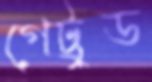
গেট্রুড